Leaving Certificate Examination (including Day School Certificate (Higher) General paper), 1934
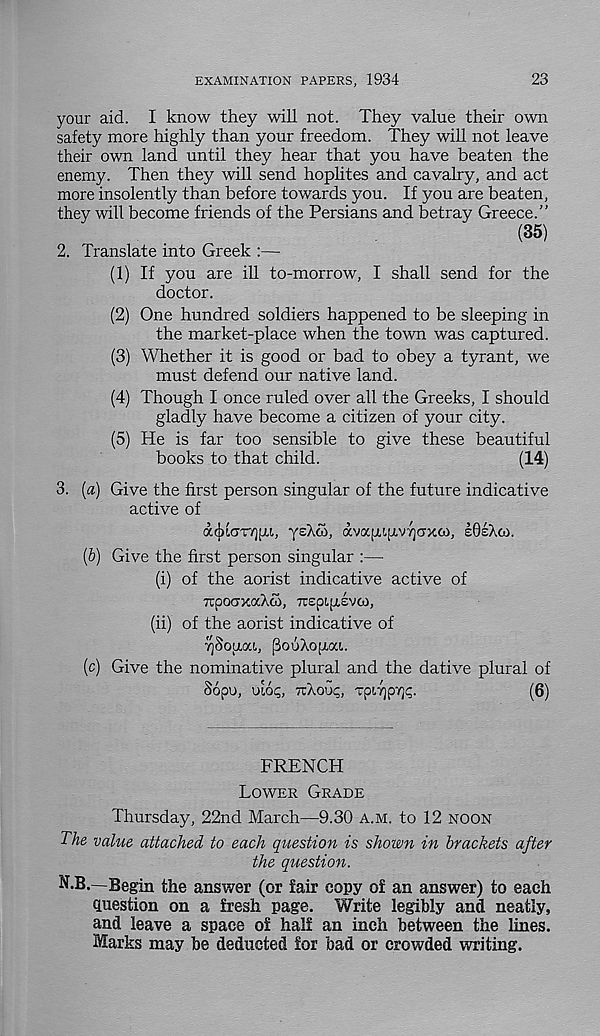
EXAMINATION PAPERS, 1934
23
your aid. I know they will not. They value their own
safety more highly than your freedom. They will not leave
their own land until they hear that you have beaten the
enemy. Then they will send hophtes and cavalry, and act
more insolently than before towards you. If you are beaten,
they will become friends of the Persians and betray Greece.”
(35)
2. Translate into Greek :—
(1) If you are ill to-morrow, I shall send for the
doctor.
(2) One hundred soldiers happened to be sleeping in
the market-place when the town was captured.
(3) Whether it is good or bad to obey a tyrant, we
must defend our native land.
(4) Though I once ruled over all the Greeks, I should
gladly have become a citizen of your city.
(5) He is far too sensible to give these beautiful
books to that child.
(14)
3. (a) Give the first person singular of the future indicative
active of
ac]ncnr7)|xi,
avapifxvTjcrxco, eGeXco.
(b) Give the first person singular :—
(i) of the aorist indicative active of
TCpOCTXaXcO, TTEpifTEVCO,
(ii) of the aorist indicative of
■Souioa, pouXopwci,.
(c) Give the nominative plural and the dative plural of
S6pU, ui6<;, TTAOUi;, TpiTJpY^.
(6)
FRENCH
LOWER GRADE
Thursday, 22nd March—9.30 A.M. to 12 NOON
The value attached to each question is shown in brackets after
the question.
N.B.—Begin the answer (or fair copy of an answer) to each
question on a fresh page. Write legibly and neatly,
and leave a space of half an inch between the lines.
Marks may be deducted for bad or crowded writing.